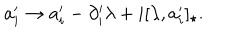
LaTeX: a _ { i } ^ { \prime } \rightarrow a _ { i } ^ { \prime } - \partial _ { i } ^ { \prime } \lambda + i [ \lambda , a _ { i } ^ { \prime } ] _ { \star } .